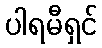
ပါရမီရှင်